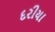
દરીયા